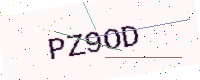
Text: PZ9OD